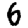
Digit: 6